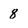
Character: 8